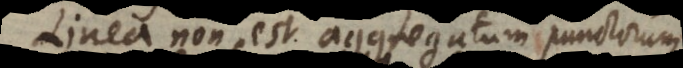
inea non est aggregatum punctorum